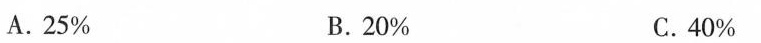
A.25% B.20% C.40%